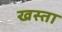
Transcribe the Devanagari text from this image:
खस्‍ता